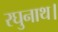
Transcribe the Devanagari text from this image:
रघुनाथ।